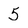
Character: 5